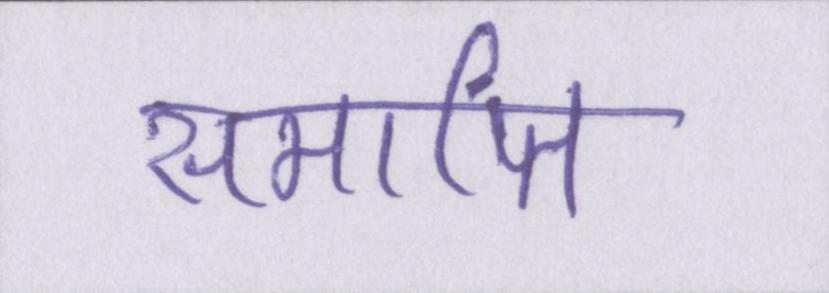
समाप्ति